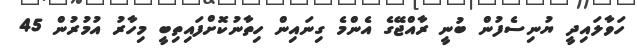
ހަވާލައިދީ ޔުނިސެފުން ބުނީ ރާއްޖޭގެ އެންމެ ގިނައިން ހިތާނުކޮށްފައިތިބީ މިހާރު އުމުރުން 45